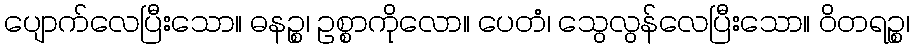
ပျောက်လေပြီးသော။ ဓနဉ္စ၊ ဥစ္စာကိုလော။ ပေတံ၊ သွေလွန်လေပြီးသော။ ဝိတရဉ္စ၊